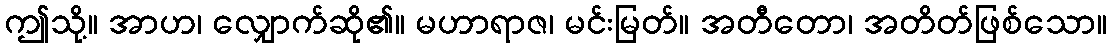
ဤသို့။ အာဟ၊ လျှောက်ဆို၏။ မဟာရာဇ၊ မင်းမြတ်။ အတီတော၊ အတိတ်ဖြစ်သော။